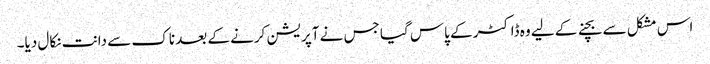
اس مشکل سے بچنے کے لیے وہ ڈاکٹر کے پاس گیا جس نے آپریشن کرنے کے بعد ناک سے دانت نکال دیا۔